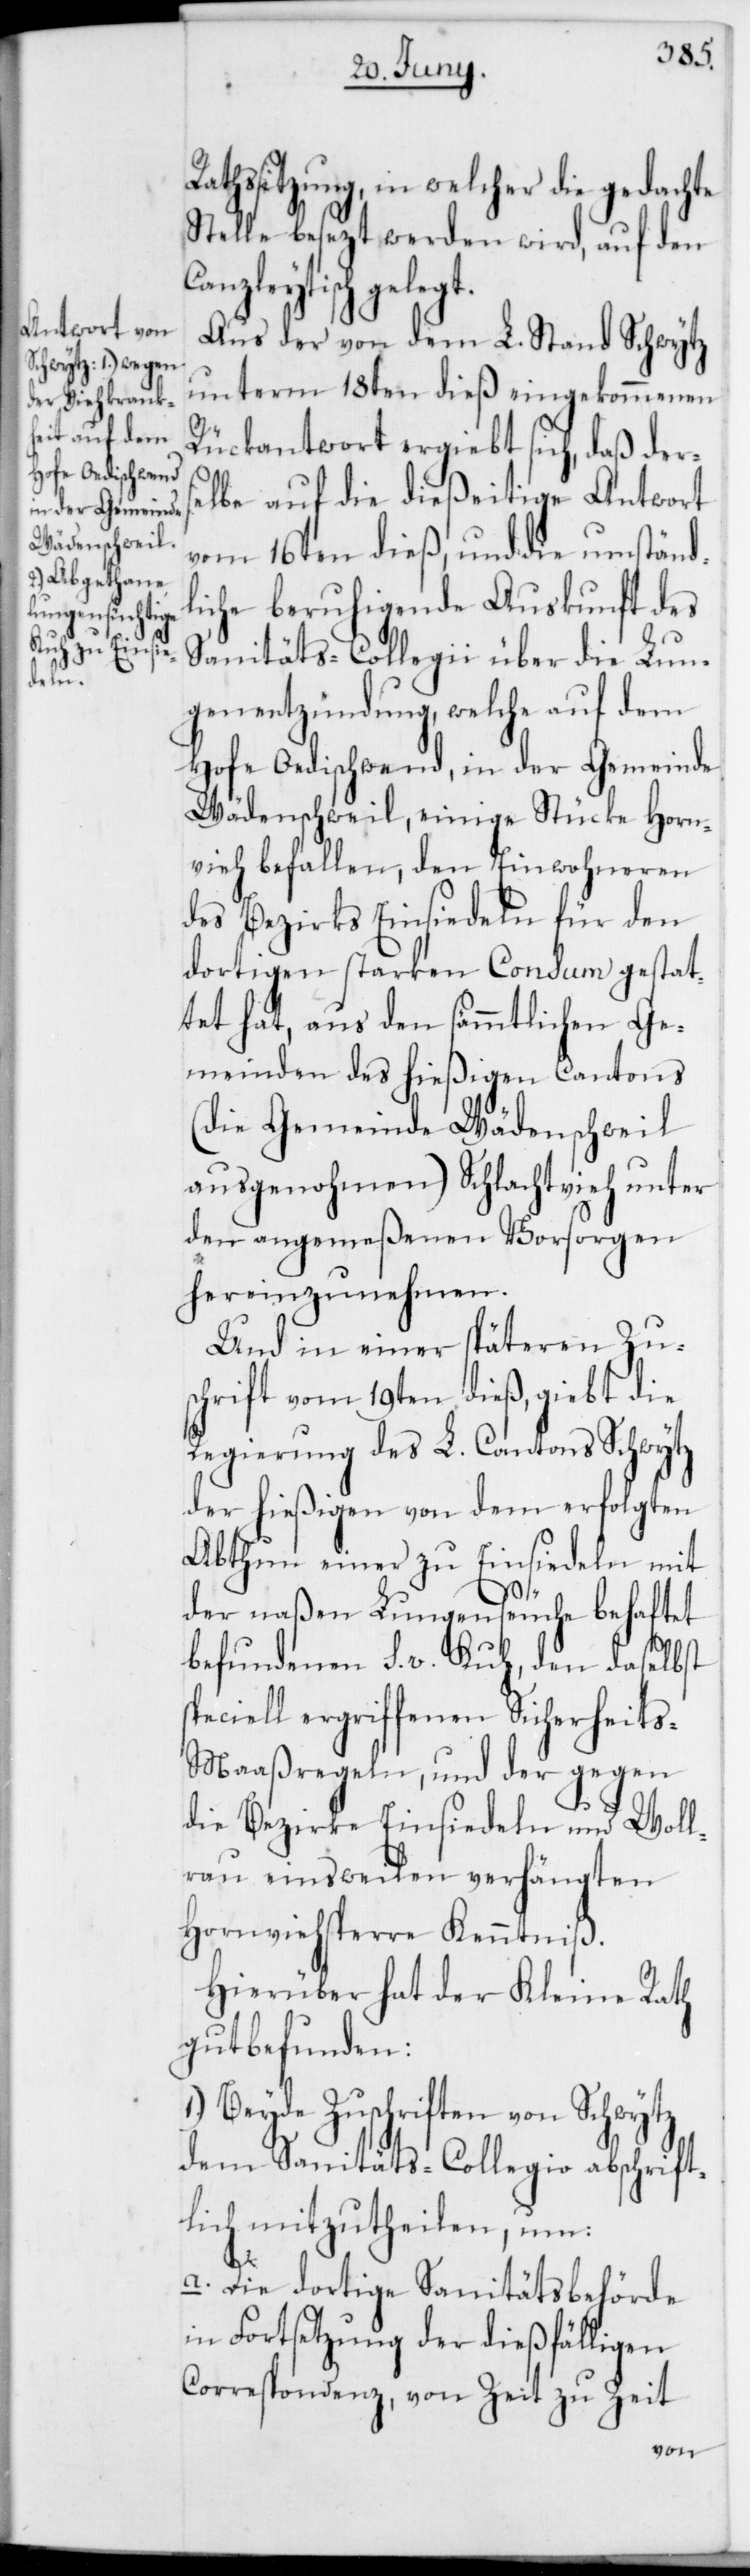
Rathssitzung, in welcher die gedachte
Stelle besezt werden wird, auf den
Canzleytisch gelegt.
Aus der von dem L. Stand Schwytz
unterm 18ten dieß eingekommenen
Rückantwort ergiebt sich, daß ders¬
elbe auf die dießeitige Antwort
vom 16ten dieß, und die umständ¬
liche beruhigende Auskunft des
Sanitäts-Collegii über die Lun¬
genentzündung, welche auf dem
Hofe Oedischwend, in der Gemeinde
Wädenswil, einige Stücke Horn¬
vieh befallen, den Einwohneren
des Bezirks Einsiedeln für den
dortigen starken Consum gestat¬
tet hat, aus den sämmtlichen Ge¬
meinden des hießigen Cantons
(die Gemeinde Wädenschweil
ausgenohmen) Schlachtvieh unter
den angemeßenen Vorsorgen
hereinzunehmen.
Und in einer späteren Zu¬
schrift vom 19ten dieß, giebt die
Regierung des L. Cantons Schwytz
der hießigen von dem erfolgten
Abthun einer zu Einsiedeln mit
der naßen Lungenseuche behaftet
befundenen S. v. Kuh, den daselbst
speciell ergriffenen Sicherheit¬
s-Maaßregeln, und der gegen
die Bezirke Einsiedeln und Woll¬
rau einstweilen verhängten
Hornviehsperre Kenntniß.
Hierüber hat der Kleine Rath
gut befunden:
1.) Beyde Zuschriften von Schwytz
dem Sanitäts-Collegio abschrift¬
lich mitzutheilen, um:
a. Die dortige Sanitätsbehörde
in Fortsetzung der dießfälligen
Correspondenz, von Zeit zu Zeit